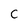
Character: C